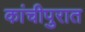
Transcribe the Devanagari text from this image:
कांचीपुरात